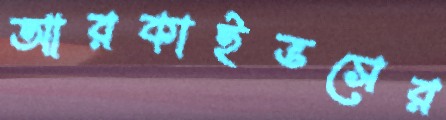
আরকাইভসের